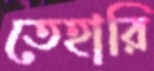
তেহারি